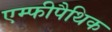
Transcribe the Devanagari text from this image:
एम्फीपैथिक